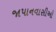
જાપાનવાસીઓ